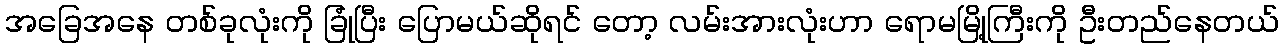
အခြေအနေ တစ်ခုလုံးကို ခြုံပြီး ပြောမယ်ဆိုရင် တော့ လမ်းအားလုံးဟာ ရောမမြို့ကြီးကို ဦးတည်နေတယ်